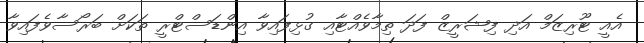
އެއީ ޓޫރިޒަމް އަދި ފިޝަރީޒް ފަދަ ތިމާވެއްޓާއި ގުޅިފައިވާ އިންޑަސްޓްރީ ތަކަށް ބަރޯސާވެފައިވާ